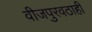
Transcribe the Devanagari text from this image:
वीजपुरवठाही